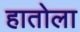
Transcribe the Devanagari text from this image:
हातोला